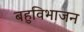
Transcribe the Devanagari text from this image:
बहुविभाजन